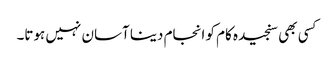
کسی بھی سنجیدہ کام کو انجام دینا آسان نہیں ہوتا۔